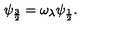
\psi _ { \frac { 3 } { 2 } } = \omega _ { \lambda } \psi _ { \frac { 1 } { 2 } } .